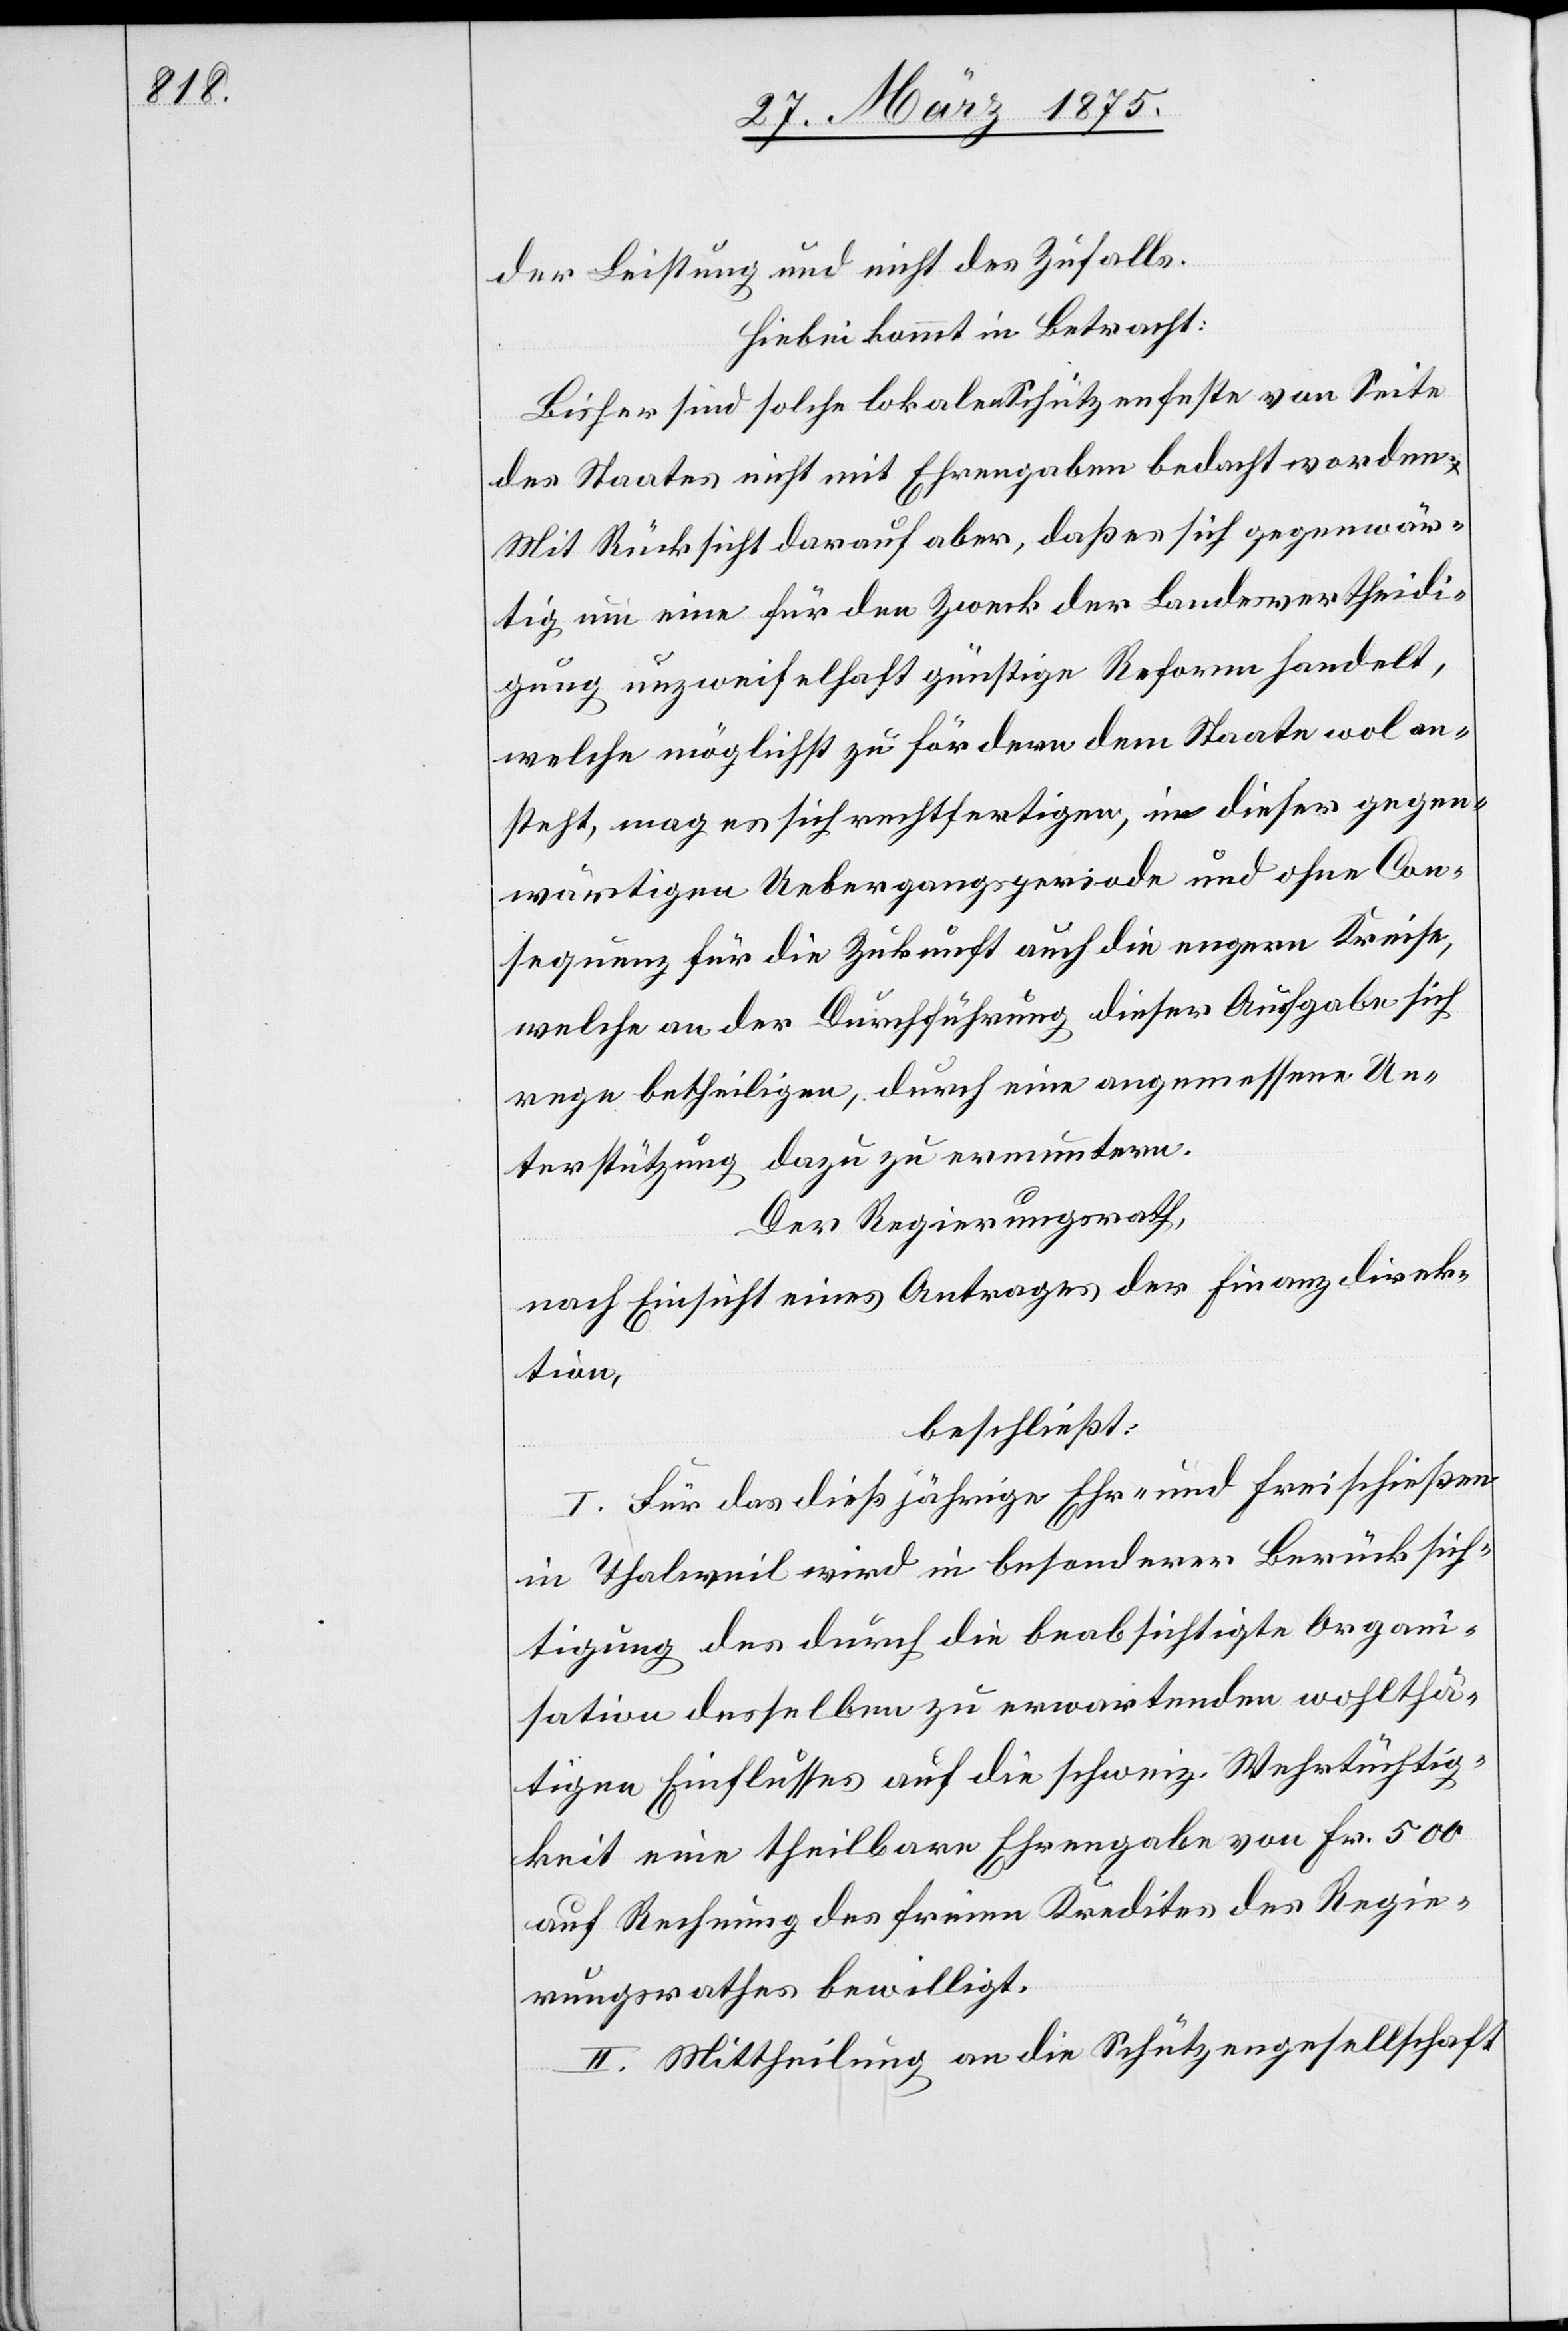
der Leistung und nicht des Zufalls.
Hiebei kommt in Betracht:
Bisher sind solche lokalen Schützenfeste von Seite
des Staates nicht mit Ehrengaben bedacht worden.
Mit Rücksicht darauf aber, daß es sich gegenwär¬
tig um eine für den Zweck der Landesvertheidi¬
gung unzweifelhaft günstige Reform handelt,
welche möglichst zu fördern dem Staate wol an¬
steht, mag es sich rechtfertigen, in dieser gegen¬
wärtigen Uebergangsperiode und ohne Con¬
sequenz für die Zukunft auch die engern Kreise,
welche an der Durchführung dieser Aufgabe sich
rege betheiligen, durch eine angemessene Un¬
terstützung dazu zu ermuntern.
Der Regierungsrath,
nach Einsicht eines Antrages der Finanzdirek¬
tion,
beschließt:
I. Für das dießjährige Ehr- und Freischießen
in Thalweil wird in besonderer Berücksich¬
tigung des durch die beabsichtigte Organi¬
sation desselben zu erwartenden wohlthä¬
tigen Einflusses auf die schweiz. Wehrtüchtig¬
keit eine theilbare Ehrengabe von Fr. 500
auf Rechnung des freien Kredites des Regie¬
rungsrathes bewilligt.
II. Mittheilung an die Schützengesellschaft